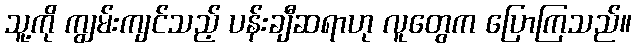
သူ့ကို ကျွမ်းကျင်သည့် ပန်းချီဆရာဟု လူတွေက ပြောကြသည်။